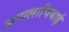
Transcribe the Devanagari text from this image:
अप्पलाचियाई